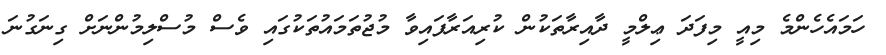
ހަމައެހެންމެ މިއީ މިފަދަ ޢިލްމީ ދާއިރާތަކުން ކުރިއަރާފައިވާ މުޖުތަމައުތަކުގައި ވެސް މުސްލިމުންނަށް ގިނަގުނަ